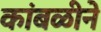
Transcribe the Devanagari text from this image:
कांबळीने